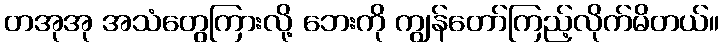
တအုအု အသံတွေကြားလို့ ဘေးကို ကျွန်တော်ကြည့်လိုက်မိတယ်။